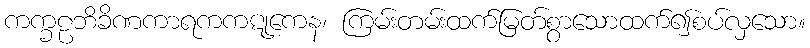
ကက္ခဠဘိခိဏကာရကကဋုကေန၊ ကြမ်းတမ်းထက်မြတ်စွာသောထက်၍စပ်လှသော။